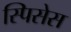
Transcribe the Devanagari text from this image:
स्पिसेस